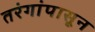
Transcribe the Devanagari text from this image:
तरंगांपासून